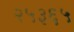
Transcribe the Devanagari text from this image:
२५३६५